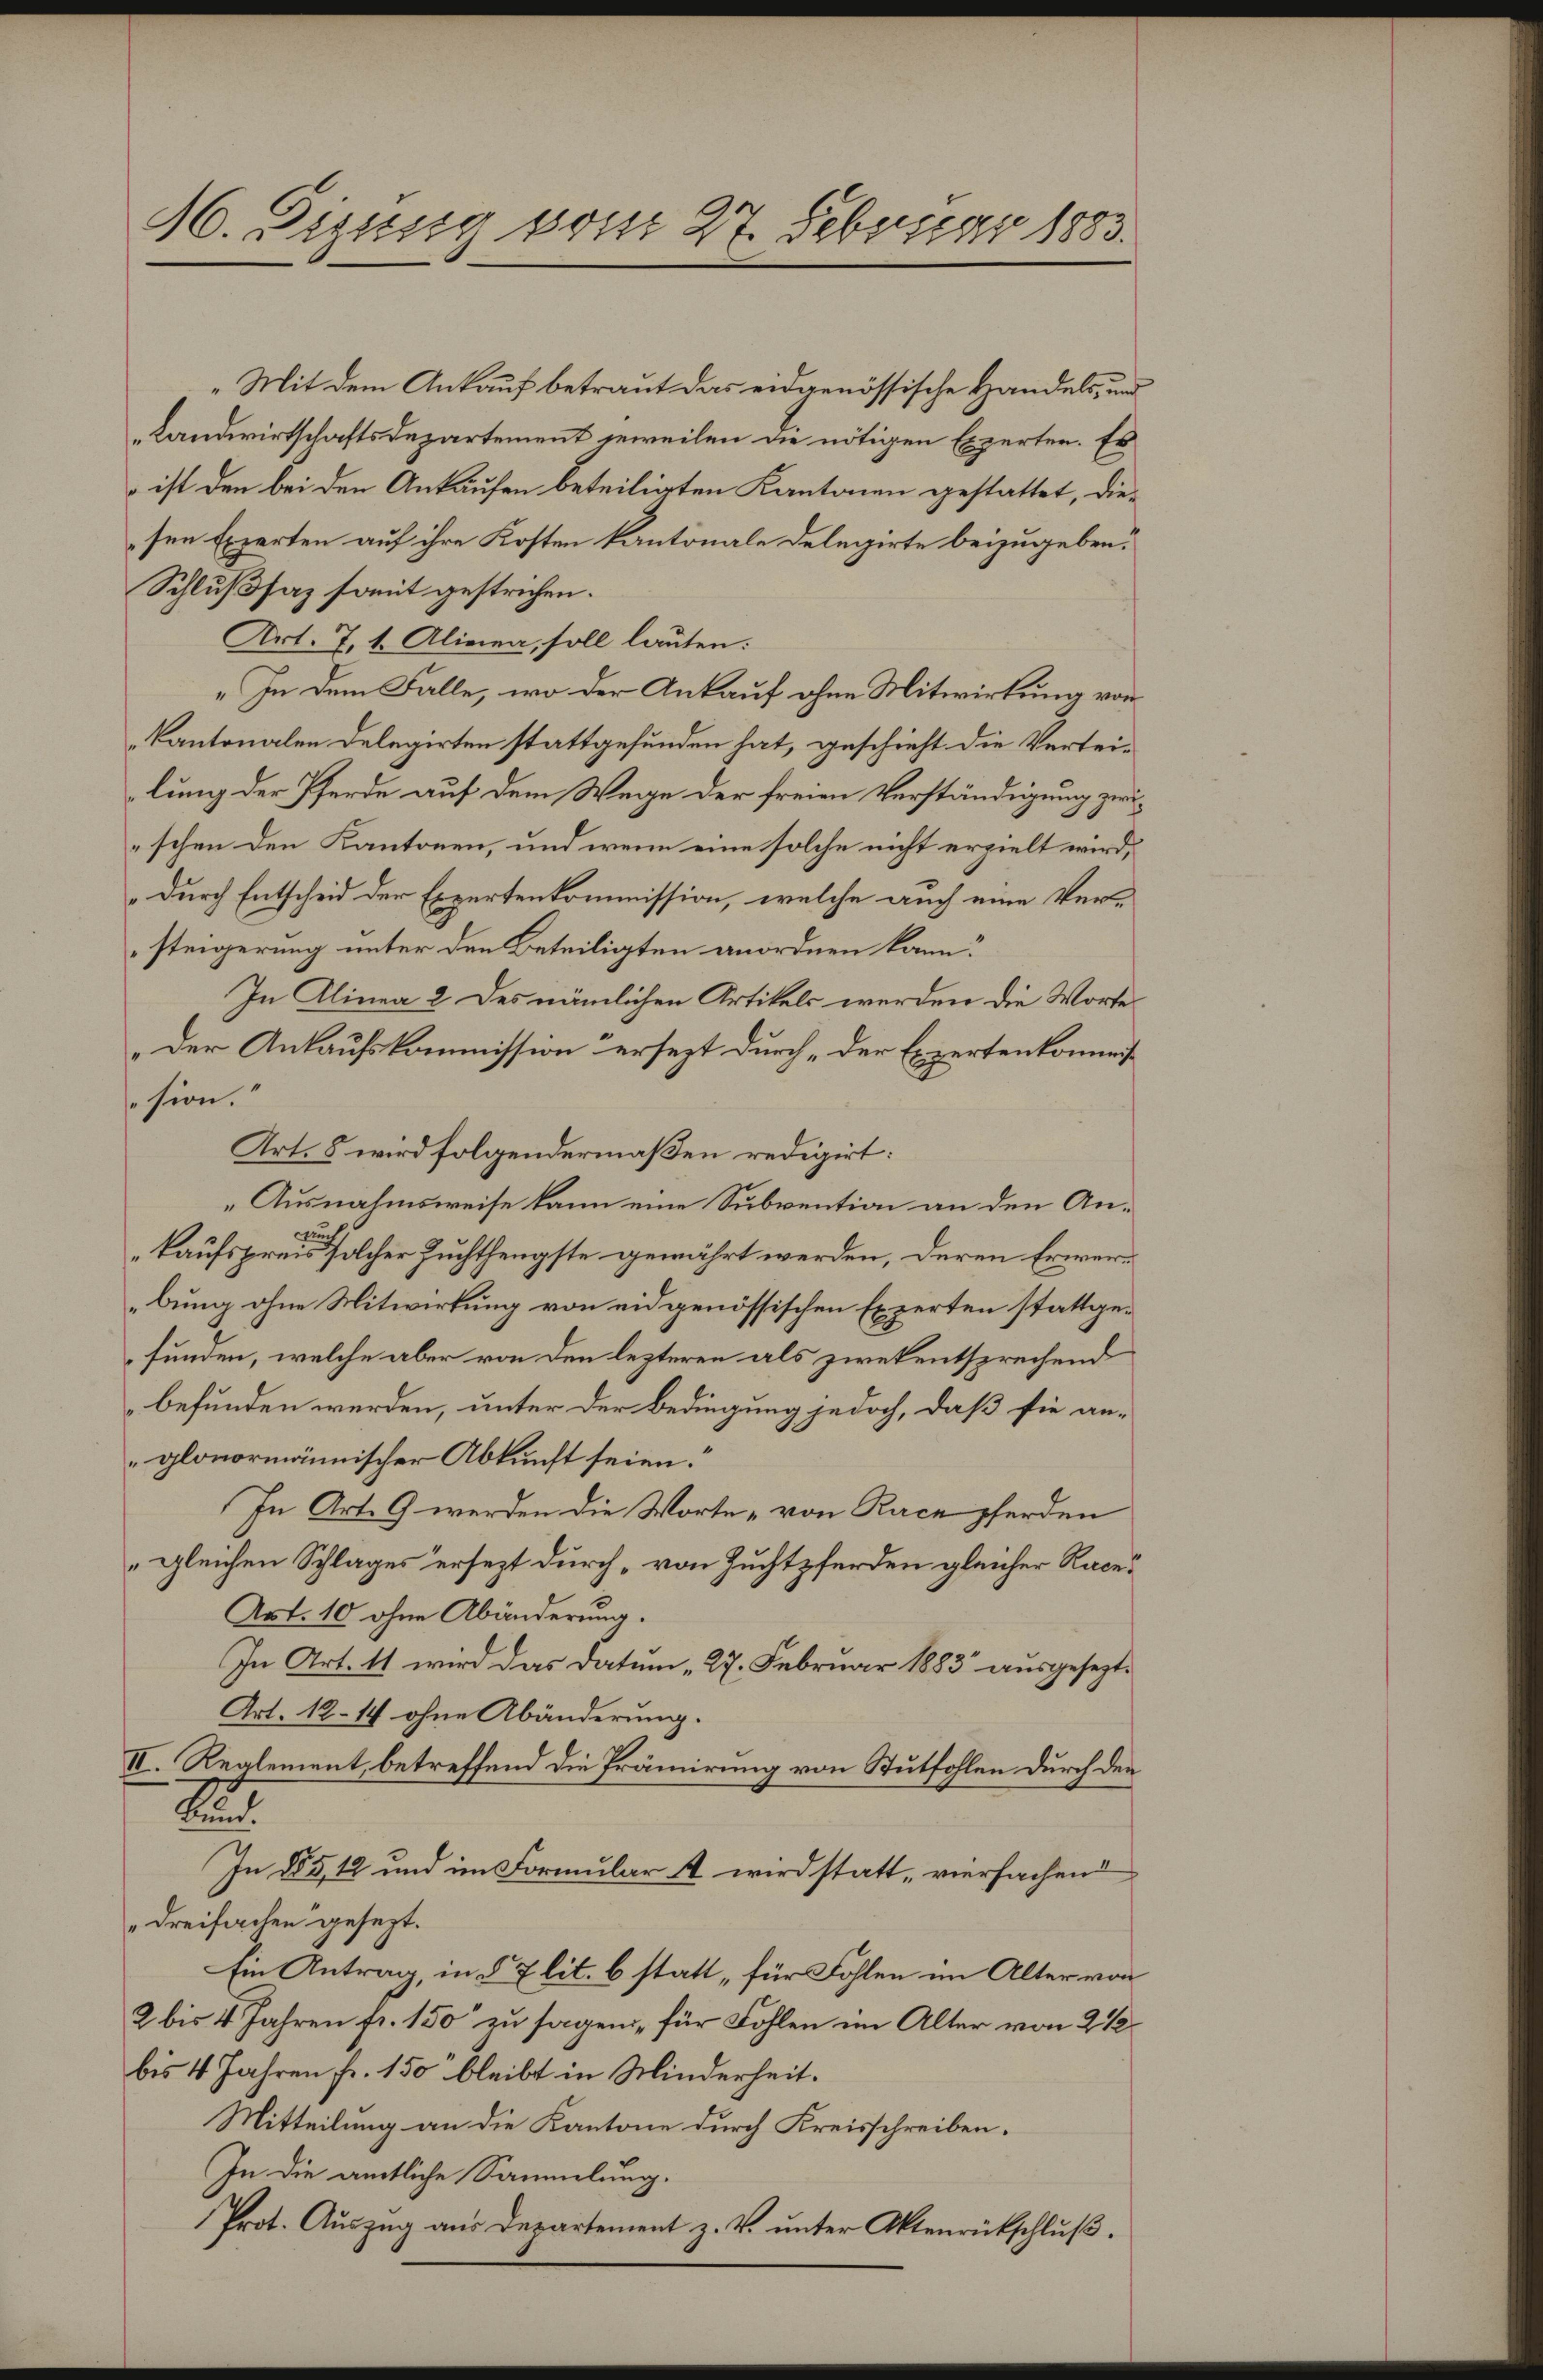
M. Sizung vom 27. Februar 1883.

„Mit dem Ankauf betraut das eidgenössische Handels, und
Landwirtschaftsdepartement jeweilen die nötigen Experten. Es
 ist den bei den Ankaufen beteiligten Kantonen gestattet, diesen Experten auf ihre Kosten kantonale Delegirte beizugeben.
Schlußsaz somit gestrichen.
Art. 7, 1. Alinea, soll lauten:
„In dem Falle, wo der Ankauf ohne Mitwirkung von
Kantonalen Delegirten stattgefunden hat, geschieht die Verteilung der Pferde auf dem Wege der freien Verständigung zwischen den Kantonen, und wenn eine solche nicht erzielt wird,
durch Entscheid der Expertenkommission, welche auch eine Versteigerung unter den Beteiligten anordnen kann?
In Alinea 2 des nämlichen Artikels werden die Worte
„Der Ankaufskommission ersezt durch „der Expertenkommis
sion.“
Art. 8 wird folgendermaßen redigirt:
Ausnahmsweise kann eine Subvention an den Ankaufspreis solcher Zuchthengste gewährt werden, deren Erwerbung ohne Mitwirkung von eidgenössischen Experten stattgefunden, welche aber von den lezteren als zwekentsprechend
befunden werden, unter der Bedingung jedoch, daß sie anglonormännischer Abkunft seien.
In Art. 9 werden die Worte „von Race pferden
gleichen Schlages ersezt durch „von Zuchtpferden gleicher Race¬
Art. 10 ohne Abänderung.
In Art. 11 wird das Datum 27. Februar 1883 ausgesezte
Art. 12–14 ohne Abänderung.
II. Reglement, betreffend die Prämirung von Stutfohlen durch den
2
In §85, 12 und im Formular 4 wird statt, versachend
„Dreifachen gesezt.
Ein Antrag, in § 7 lit. b statt „für Fohlen im Alter von
2 bis 4 Jahren fr. 150 zu sagen, für Fohlen im Alter von 2 1/2
bis 4 Jahren fr. 150 bleibt in Minderheit.
Mitteilung an die Kantone durch Kreisschreiben.
In die amtliche Sammlung.
Prot. Auszug aus Departement z. V. unter Aktenrückschluß.